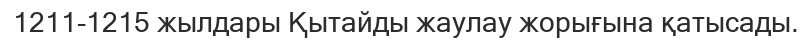
1211-1215 жылдары Қытайды жаулау жорығына қатысады.